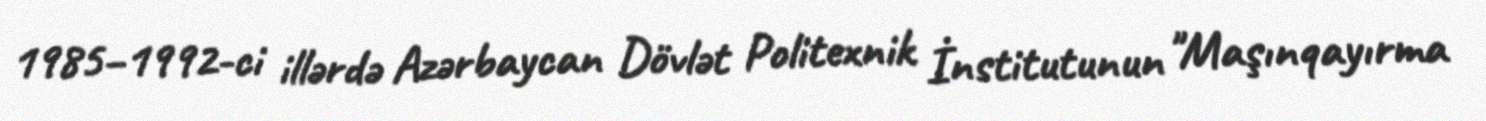
1985–1992-ci illərdə Azərbaycan Dövlət Politexnik İnstitutunun "Maşınqayırma